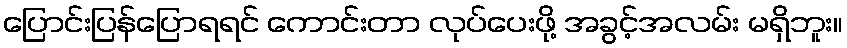
ပြောင်းပြန်ပြောရရင် ကောင်းတာ လုပ်ပေးဖို့ အခွင့်အလမ်း မရှိဘူး။